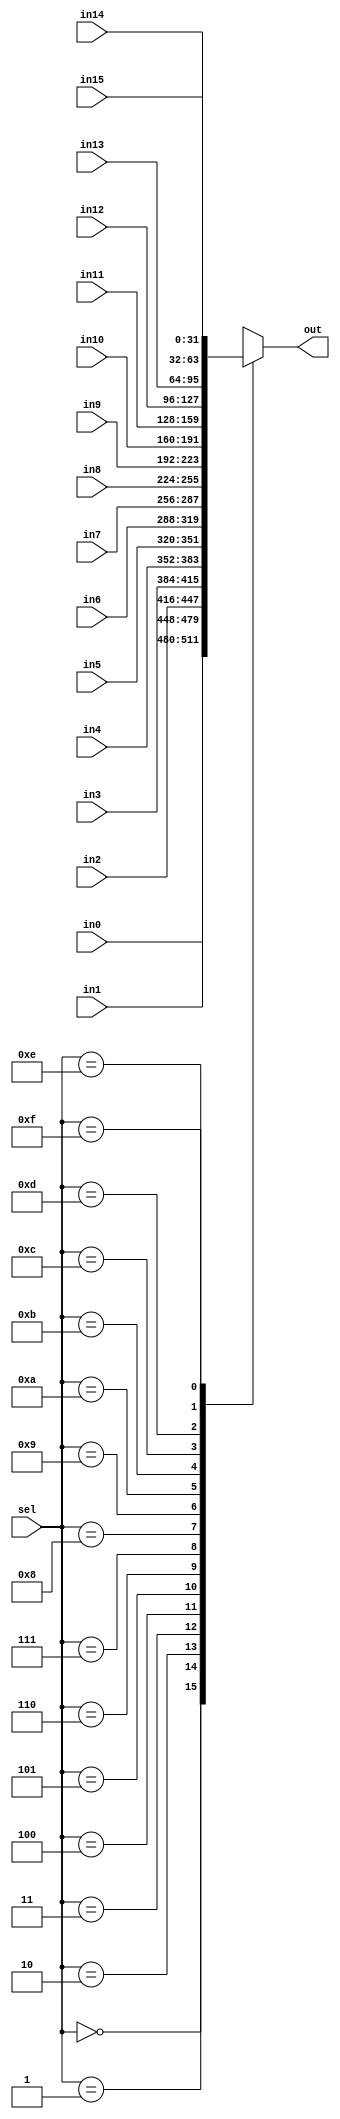
module Mux16 #(parameter WIDTH = 32)(
input[3:0]sel,
input[(WIDTH-1):0] in0,in1,in2,in3,in4,in5,in6,in7,
input[(WIDTH-1):0] in8,in9,in10,in11,in12,in13,in14,in15,
output reg [(WIDTH-1):0] out
);

always@(*)
	begin
		case(sel)
		4'b0000:out=in0;
		4'b0001:out=in1;
		4'b0010:out=in2;
		4'b0011:out=in3;
		4'b0100:out=in4;
		4'b0101:out=in5;
		4'b0110:out=in6;
		4'b0111:out=in7;
		4'b1000:out=in8;
		4'b1001:out=in9;
		4'b1010:out=in10;
		4'b1011:out=in11;
		4'b1100:out=in12;
		4'b1101:out=in13;
		4'b1110:out=in14;
		4'b1111:out=in15;
		endcase
end

endmodule